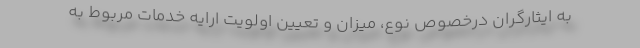
به ایثارگران درخصوص نوع، میزان و تعیین اولویت ارایه خدمات مربوط به